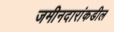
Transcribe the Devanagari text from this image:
जमीनदारांकडील